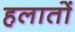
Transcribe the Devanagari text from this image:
हलातों